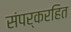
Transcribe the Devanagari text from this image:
संपर्करहित